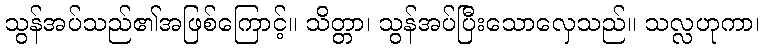
သွန်အပ်သည်၏အဖြစ်ကြောင့်။ သိတ္တာ၊ သွန်အပ်ပြီးသောလှေသည်။ သလ္လဟုကာ၊